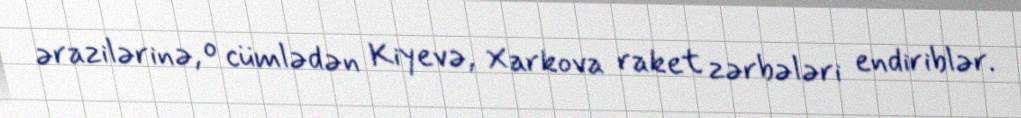
ərazilərinə, o cümlədən Kiyevə, Xarkova raket zərbələri endiriblər.